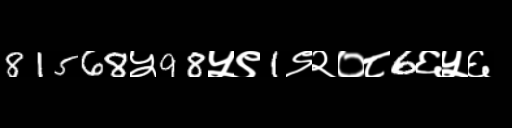
Text: 81568५98५९1९२०८6६५६